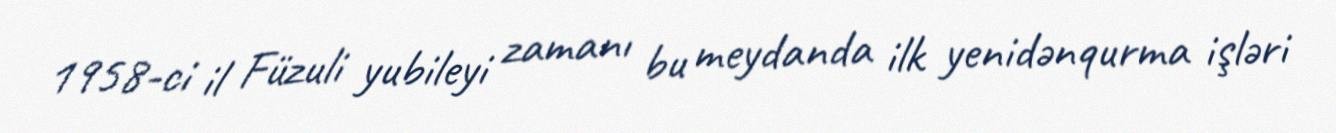
1958-ci il Füzuli yubileyi zamanı bu meydanda ilk yenidənqurma işləri